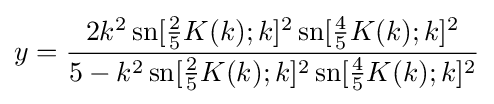
y={\frac {2k^{2}\,{\text{sn}}[{\tfrac {2}{5}}K(k);k]^{2}\,{\text{sn}}[{\tfrac {4}{5}}K(k);k]^{2}}{5-k^{2}\,{\text{sn}}[{\tfrac {2}{5}}K(k);k]^{2}\,{\text{sn}}[{\tfrac {4}{5}}K(k);k]^{2}}}